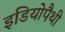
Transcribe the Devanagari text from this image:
इडियोपैथी